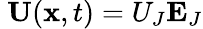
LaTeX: \ \mathbf{U}(\mathbf{x},t)=U_{J}\mathbf{E}_{J}